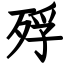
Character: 殍